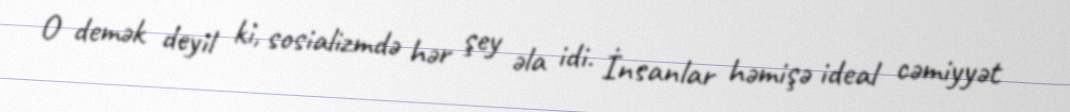
O demək deyil ki, sosializmdə hər şey əla idi. İnsanlar həmişə ideal cəmiyyət